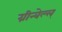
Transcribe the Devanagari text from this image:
ग्रीन्वेल्ल्